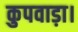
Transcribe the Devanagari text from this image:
कुपवाड़ा।